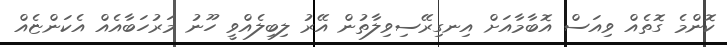
ކޮންމެ ގޮތެއް ވިއަސް އޮބާމާއަށް އިނގިރޭސިވިލާތުން އޭރު ލިބިލެއްވީ ހޫނު މަރުހަބާއެއް އެކަންޏެއް